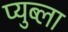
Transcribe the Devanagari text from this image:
प्युब्ला